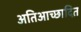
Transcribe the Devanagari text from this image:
अतिआच्छादित